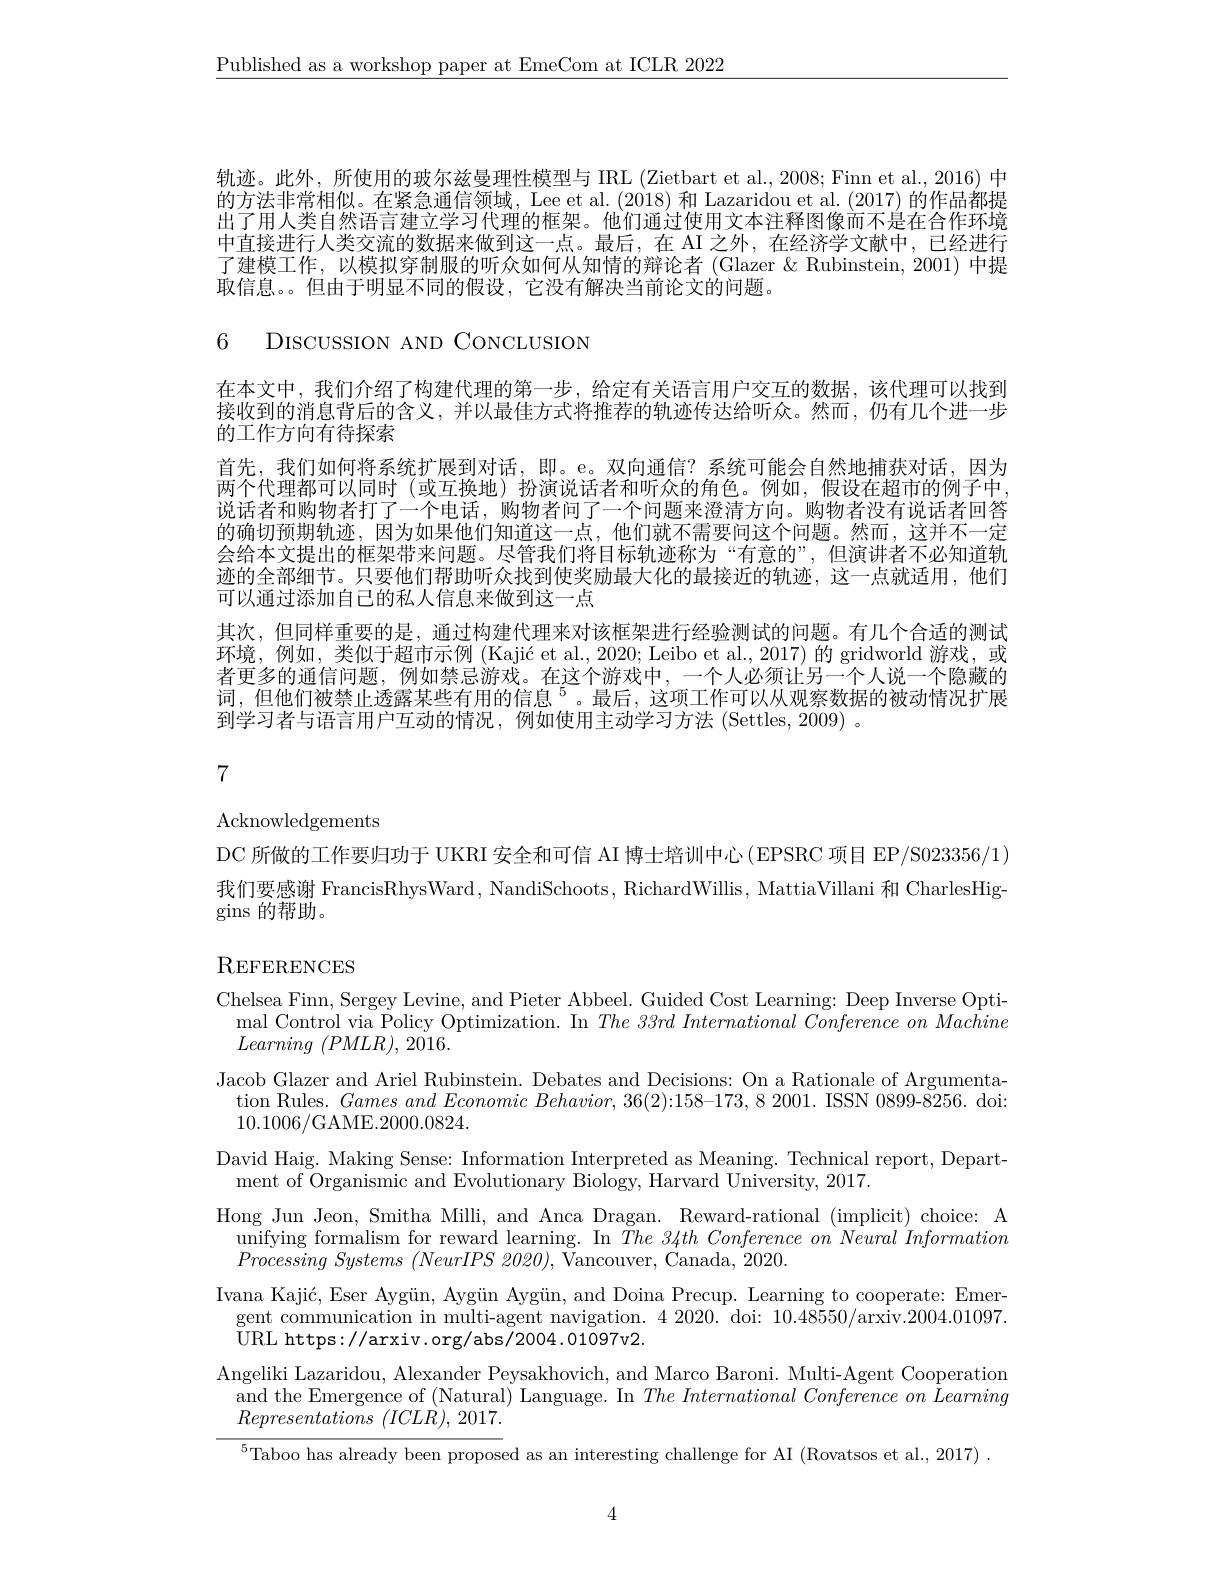
$\underline{\text{Published as a workshop paper at EmeCom at ICLR 2022}}$

轨迹。此外，所使用的玻尔兹曼理性模型与 IRL (Zietbart et al., 2008; Finn et al., 2016) 中的方法非常相似。在紧急通信领域，Lee et al.(2018) 和 Lazaridou et al.(2017) 的作品都提出了用人类自然语言建立学习代理的框架。他们通过使用文本注释图像而不是在合作环境中直接进行人类交流的数据来做到这一点。最后，在 AI 之外，在经济学文献中，已经进行了建模工作，以模拟穿制服的听众如何从知情的辩论者 (Glazer &Rubinstein,2001) 中提取信息。但由于明显不同的假设，它没有解决当前论文的问题。

6 DIscUSSION AND CONCLUSION

在本文中，我们介绍了构建代理的第一步，给定有关语言用户交互的数据，该代理可以找到接收到的消息背后的含义，并以最佳方式将推荐的轨迹传达给听众。然而，仍有几个进一步的工作方向有待探索
首先，我们如何将系统扩展到对话，即。e。双向通信？系统可能会自然地捕获对话，因为两个代理都可以同时(或互换地)扮演说话者和听众的角色。例如，假设在超市的例子中， 说话者和购物者打了一个电话，购物者问了一个问题来澄清方向。购物者没有说话者回答的确切预期轨迹，因为如果他们知道这一点，他们就不需要问这个问题。然而，这并不一定会给本文提出的框架带来问题。尽管我们将目标轨迹称为“有意的”,但演讲者不必知道轨迹的全部细节。只要他们帮助听众找到使奖励最大化的最接近的轨迹，这一点就适用，他们可以通过添加自己的私人信息来做到这一点
其次，但同样重要的是，通过构建代理来对该框架进行经验测试的问题。有几个合适的测试环境，例如，类似于超市示例 (Kajić et al., 2020; Leibo et al., 2017) 的 gridworld 游戏，或者更多的通信问题，例如禁忌游戏。在这个游戏中，一个人必须让另一个人说一个隐藏的词，但他们被禁止透露某些有用的信息$^{5}$。最后，这项工作可以从观察数据的被动情况扩展到学习者与语言用户互动的情况，例如使用主动学习方法 (Settles,2009) 。

7

Acknowledgements

DC 所做的工作要归功于 UKRI 安全和可信 AI 博士培训中心 (EPSRC 项目 EP/S023356/1) 我们要感谢 FrancisRhysWard, NandiSchoots, RichardWillis, MattiaVillani 和 CharlesHiggins 的帮助。

### REFERENCES

Chelsea Finn, Sergey Levine, and Pieter Abbeel. Guided Cost Learning: Deep Inverse Opti-
mal Control via Policy Optimization. In $The33rd\textit{International Conference on Machine}$
$Learning~(PMLR),~2016.$
Jacob Glazer and Ariel Rubinstein. Debates and Decisions: On a Rationale of Argumentation Rules. $Gamesand\textit{ Economic Behavior, 36( 2) : 158- 173, 8 2001. ISSN 0899- 8256. doi: }$ 10.1006/GAME.2000.0824.
David Haig. Making Sense: Information Interpreted as Meaning. Technical report, Depart-
ment of Organismic and Evolutionary Biology, Harvard University, 2017.
Hong Jun Jeon, Smitha Milli, and Anca Dragan. Reward-rational (implicit) choice: A
unifying formalism for reward learning. In $\bar{T}he$ 34th Conference on Neural Information
Processing Systems $( NeurIPS$ 2020), $\bar{\mathrm{Vancouver, ~Canada, ~2020. }}$
Ivana Kajić, Eser Aygün, Aygün Aygün, and Doina Precup. Learning to cooperate: Emer-
gent communication in multi-agent navigation. 4 2020. doi: 10.48550/arxiv.2004.01097.
$\bar{\mathrm{URL~https://arxiv.org/abs/2004.01097v2.}}$
Angeliki Lazaridou, Alexander Peysakhovich, and Marco Baroni. Multi-Agent Cooperation
and the Emergence of (Natural) Language. In $The\textit{ International Conference on Learming}$
Representations $( ICL\dot{R} ) $, 2017.
$^{5}$Taboo has already been proposed as an interesting challenge for AI (Rovatsos et al., 2017) .

4